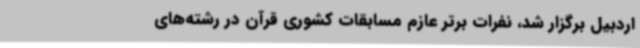
اردبیل برگزار شد، نفرات برتر عازم مسابقات کشوری قرآن در رشته‌های